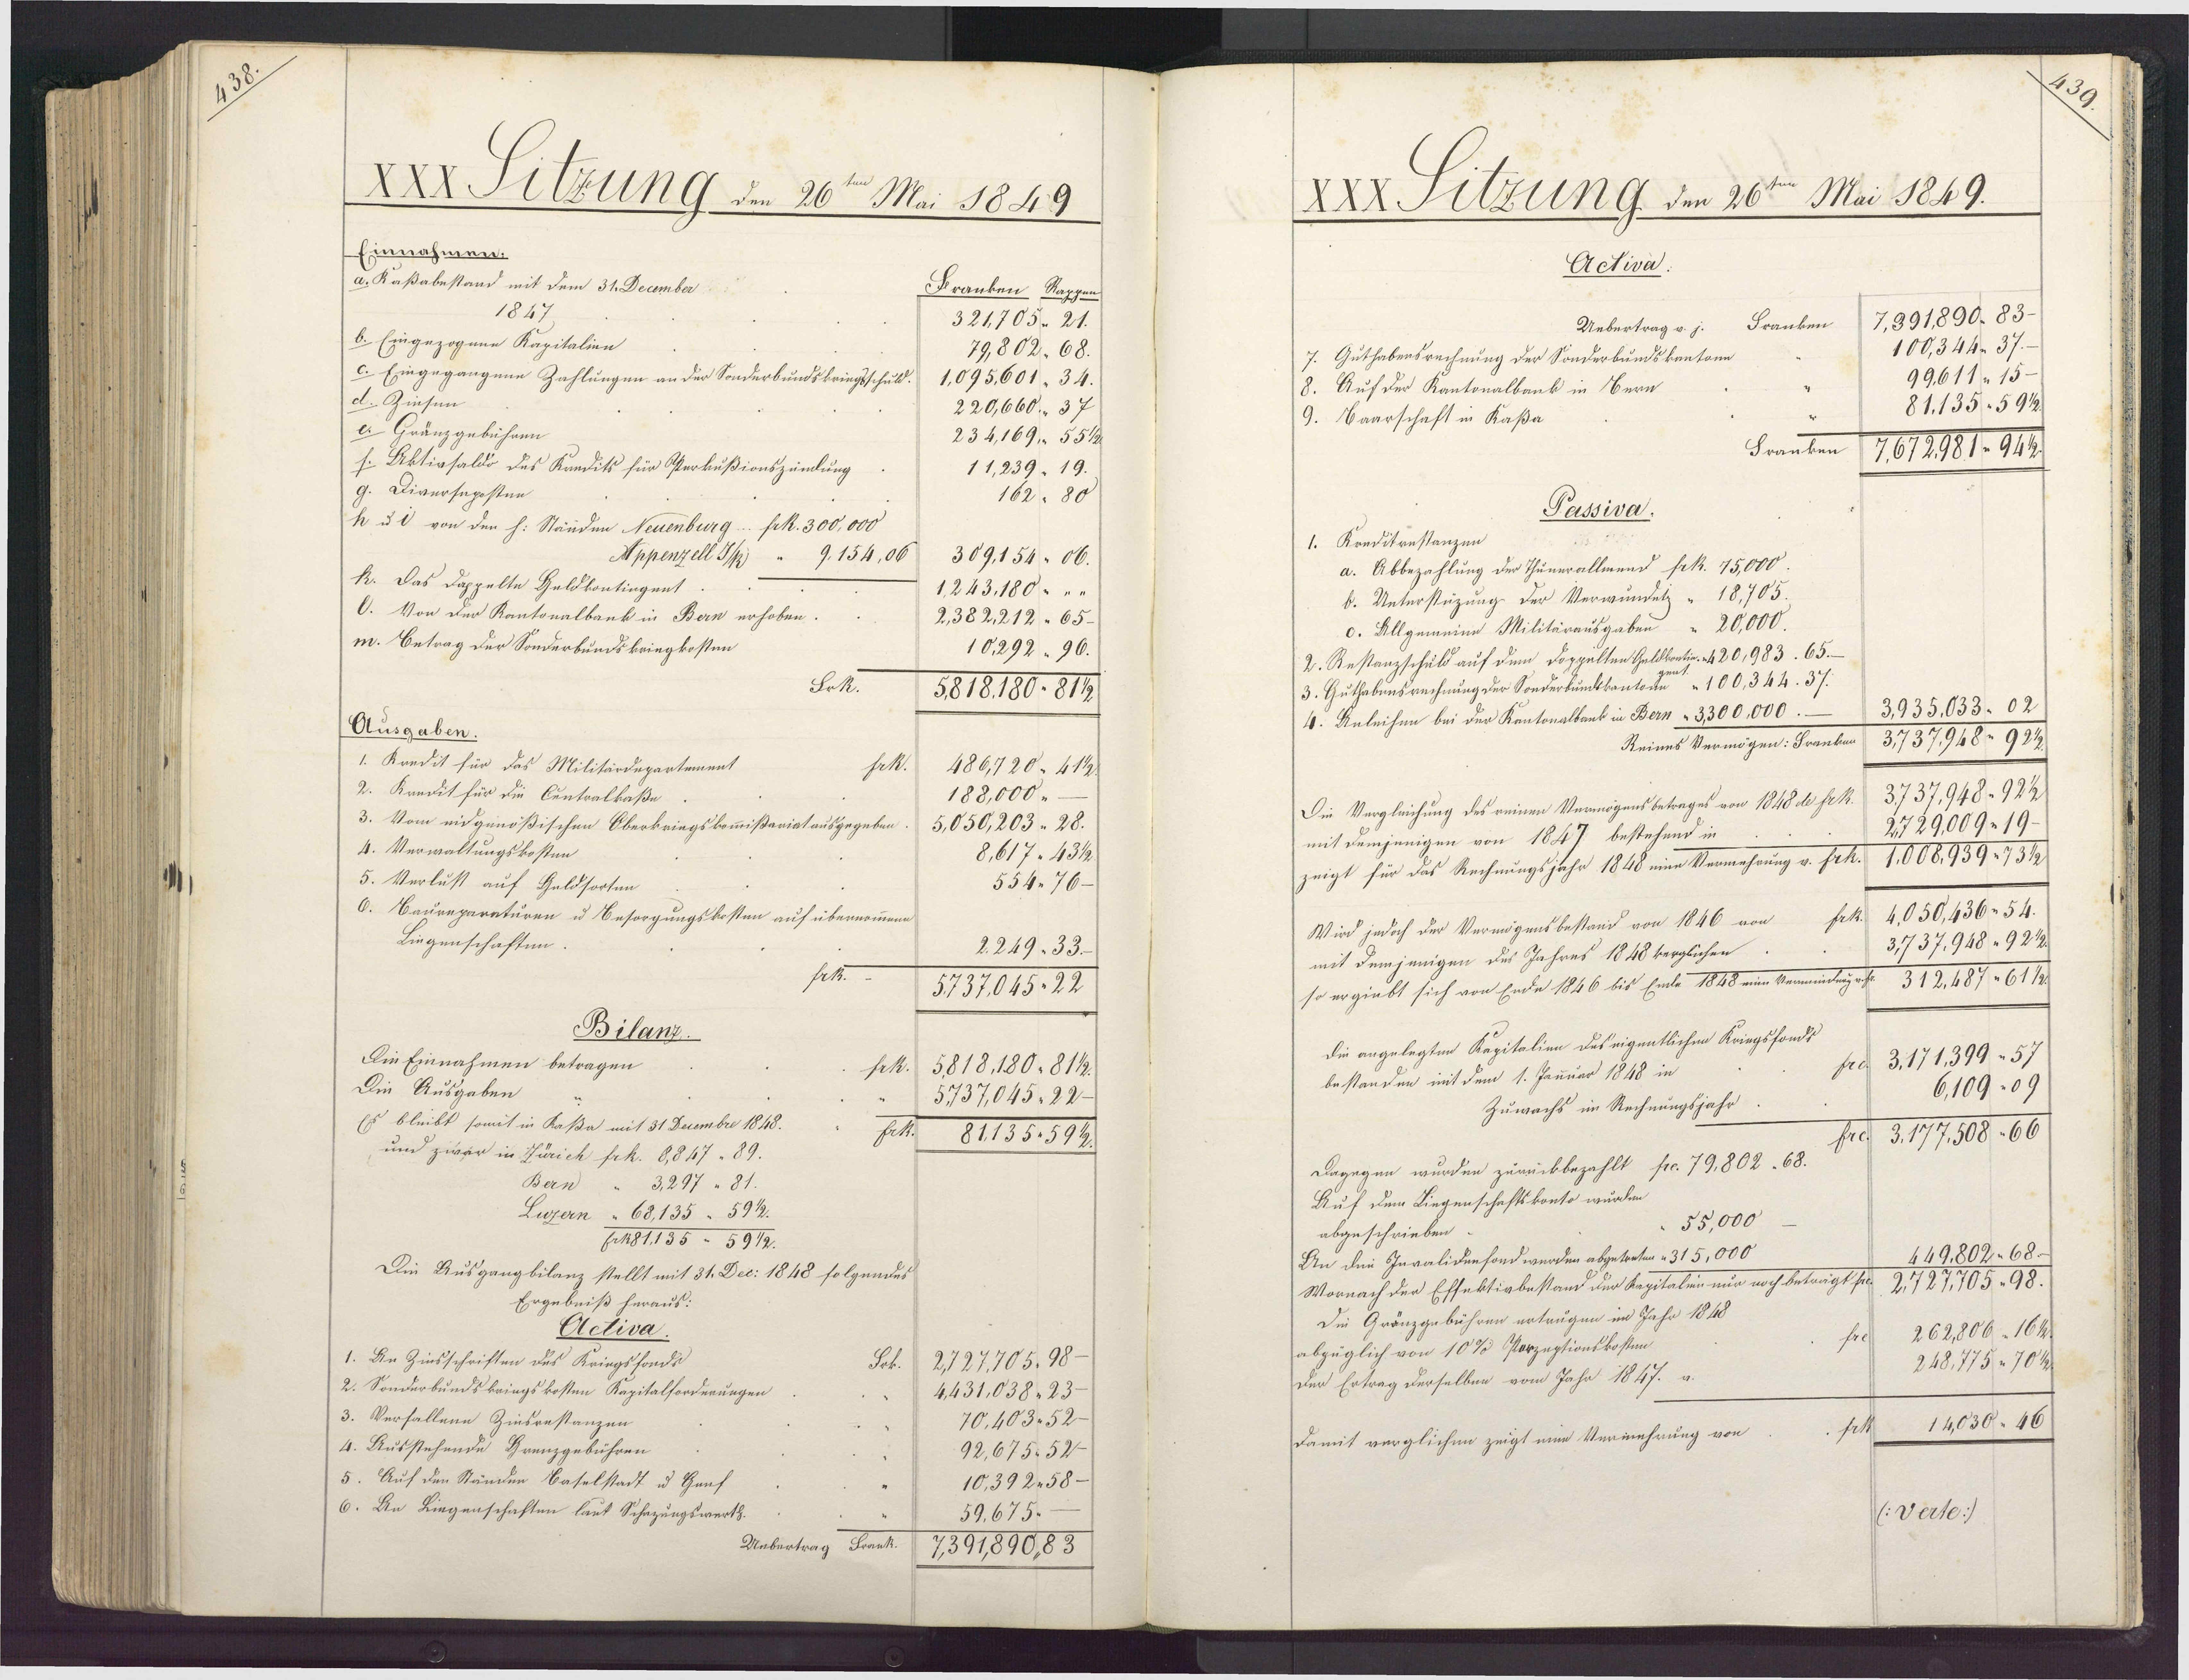
337

XXX Titzung den 26te Mai 1849
Einnahmen.
a. Kaßabestand mit dem 31. December.
Franken Rappens
1847
321,705 21.
b. Eingezogene Kapitalien
79,802 68.
c. Eingegangene Zahlungen an der Sonderbundskriegsschuld.
1,095,601" 34.
d. Zinsen
220,660. 37
e. Gränzgebühren.
234,169. 55 12
s. Aktivsaldo des Kandits für Oerkußionszündung
11,239" 19.
g. Diversaposten
162" 80
frk. 300,000
h uI von den h: Ständen Neuenburg
9.154,06
Appenzell J/
309,154 06.
k. Das Dappelte Geldkontingent
1243.180 „"
O. Von der Kantonalbank in Bern erhoben.
2,382,212" 65-
m. Betrag der Sonderbundskringkosten.
10292 " 96.
Srk.
5818.180-8112
Ausgaben.
1. Kredit für das Militärdepartement
frk.
486,720" 4112
2. Krndit für die Centralkaße
188,000
3. Vom eidgenößischen Oberkriegskommißariat ausgegeben
5,050,203 28.
4. Verwaltungskosten
8,617" 43 12
5. Verlust auf Geldsorten
55476-
6. Caureparaturen u Besorgungskosten auf übernommenn
Liegenschaften.
2.24933.
frk..
5737045-22
Bilanz
Die Einnahmen betragen:
frk. 5818.180-8112.
Die Ausgaben
5737,045 22
Es bleibt somit in Kaßa mit 31 Decembre 1848.
81135.594.
und zwar in Zürich frk. 8,817- 89.
Bern " 3297 " 81.
Luzern " 68,135 " 59 12.
Erk81.135 - 5912.
Die Ausgangbilanz stellt mit 31. Dec: 1848 folgendes
Ergebniß heraus:
Activa
1. An Zinsschriften des Kriegsfonds
2727,705.98-
2. Sonderbundskringskosten Kapitalforderungen
4,431,038 23
3. Verfallene Zinsrestanzen
70.40352
4. Ausstehende Grenzgebühren
92,675.52
5. Auf den Ständen Baselstadt u Henf
10,39258—
6. An Liegenschaften laut Schazungswerth.
59,675.
Uebertrag Frank.
7391,890,83

XXX Sitzung den 26ten Mai 1849.
Activa.
7,891890. 83.
Branken.
Uebertrag v. j.
100,344 37.
7. Guthabensrechnung der Sonderbundskanton
99.611" 15-
8. Auf der Kantonalbank in Bern
81.1355 912
9. Baarschaft in Kaßa
Franken
7672981- 941
Passiva.
1. Kreditrestanzen
a. Abbezahlung der Thunerallmend frk. 75,000.
b. Unterstüzung der Verwundelz " 18,705
c. Allgemeine Militärausgaben " 20,000.
2. Restanzschuld auf dem Doppelten Geldkortin. 420,983. 65.-
3. Guthabnusrechnung der Sonderbunkkantod 100,344. 37.
3,935.033. 02
4. Anleihen bei der Kentonalbank in Bern " 3300,000.-
3737948- 9212
Reines Vermögen: Franken
Die Vergleichung des reinen Vermögensbetrages von 1848 de frk. 3737,948- 92 1/
2729,009 19-
mit demjenigen von 1847 bestehend in
zeigt für das Rechnungsjahr 1848 eine Vermehrung v. frk. 1008.939-73 12
4,050,436- 54.
Wird jedoch der Vermögensbestand von 1846 von
3737.948 92 1/2
mit demjenigen des Jahres 1848 kerglichen.
so ergiebt sich von Ende 1846 bis Emle 1848 eine Vermindegesr 312.487 " 61 12
Die angelegten Kapitalien des eigentlichen Kriegsfondt
3.171,399  57
bestanden mit dem 1. Januar 1848 in
610909
Zuwachs im Rechnungsjahr
3.177.508
Dagegen wurden zurückbezahlt fr. 79,802- 68.
Auf dem Liegenschaftskonto wurden
55,000
abgeschrieben.
449,802- 68—
An die Invalidenfond werden abgetreten - 315,000
Wornach der Efsektivbestand der Kepitalien nur noch beträgt fr. 2,727,705-98.
Die Gränzgebühren ertrugen im Jahr 1848
262,806  16 1
abzüglich von 10% Porzeptionskosten
248.775 70 t
den Ertrag derselben vom Jahr 1847. a.
14,030 46
Damit verglichen zeigt eine Vermehrung von
/:Verte:/

13